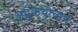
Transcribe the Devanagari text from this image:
अट्ठकथाचार्य